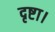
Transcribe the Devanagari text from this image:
दृष्टा।